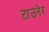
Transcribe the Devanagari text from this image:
टाउनेर